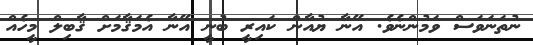
ނުތަނަވަސް ވަމުންނެވެ. އޭނާާ ޔުއާން ކައިރީ ބުނީ އޭނާ އެމަޤާމަށް ޤާބިލް މީހެއް